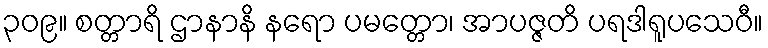
၃၀၉။ စတ္တာရိ ဌာနာနိ နရော ပမတ္တော၊ အာပဇ္ဇတိ ပရဒါရူပသေဝီ။